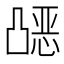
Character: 𰄗